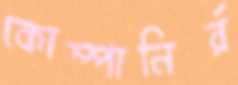
কোম্পানির্র